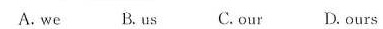
A.we B.Us C.Our D.Ours